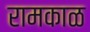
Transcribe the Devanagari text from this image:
रामकाळ